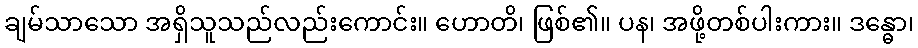
ချမ်သာသော အရှိသူသည်လည်းကောင်း။ ဟောတိ၊ ဖြစ်၏။ ပန၊ အဖို့တစ်ပါးကား။ ဒန္ဓော၊